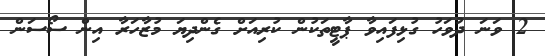
2 ވަނަ ދުވަހު ގުޅިފައިވާ ޕާޓީތަކުން ކުރިއަށް ގެންދިޔަ މުޒާހަރާ އިން ސޯސަން